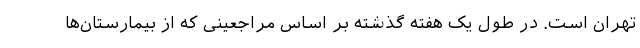
تهران است. در طول یک هفته گذشته بر اساس مراجعینی که از بیمارستان‌ها